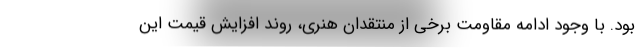
بود. با وجود ادامه مقاومت برخی از منتقدان هنری، روند افزایش قیمت این